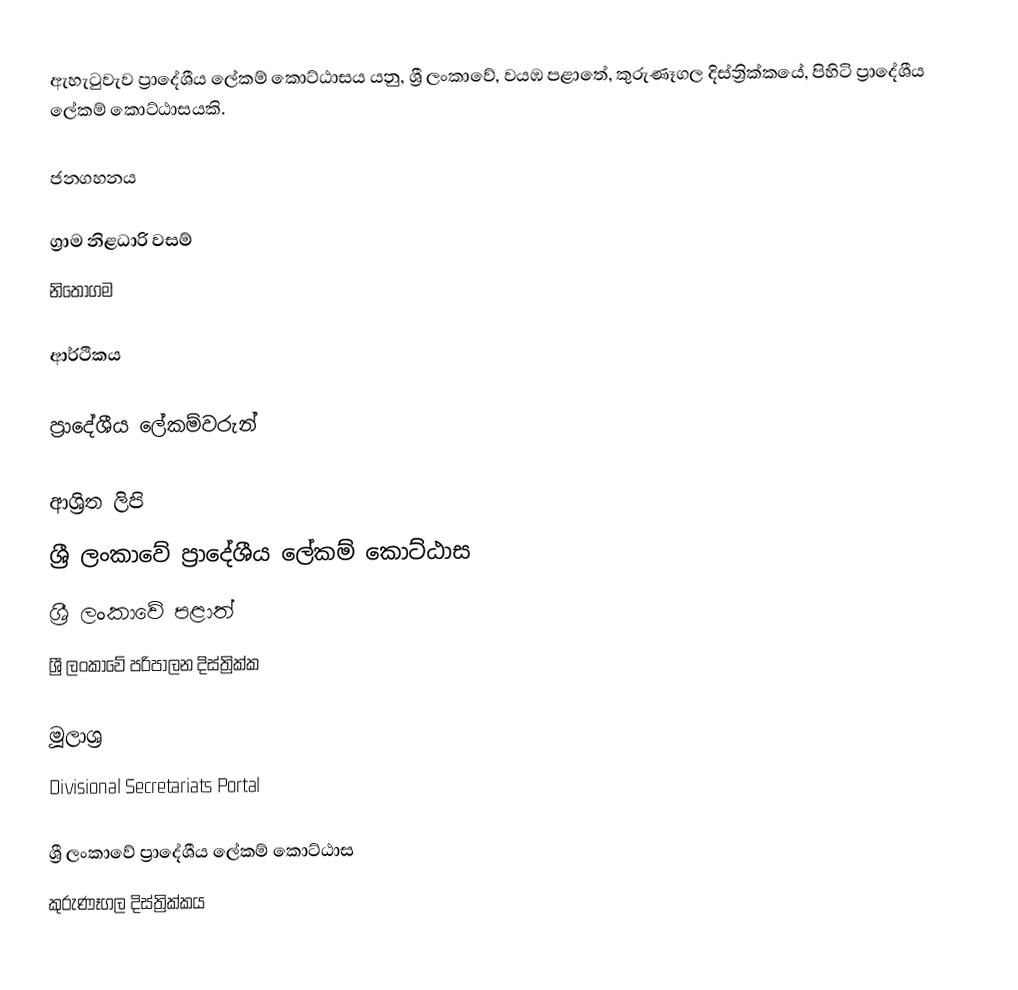
ඇහැටුවැව ප්‍රාදේශීය ලේකම් කොට්ඨාසය යනු,  ශ්‍රී ලංකාවේ, වයඹ පළාතේ,   කුරුණෑගල දිස්ත්‍රික්කයේ, පිහිටි ප්‍රාදේශීය ලේකම් කොට්ඨාසයකි.

ජනගහනය

ග්‍රාම නිළධාරි වසම්
නිතොගම

ආර්ථිකය

ප්‍රාදේශීය ලේකම්වරුන්

ආශ්‍රිත ලිපි
ශ්‍රී ලංකාවේ ප්‍රාදේශීය ලේකම් කොට්ඨාස
ශ්‍රී ලංකාවේ පළාත්
ශ්‍රී ලංකාවේ පරිපාලන දිස්ත්‍රික්ක

මූලාශ්‍ර
 Divisional Secretariats Portal

ශ්‍රී ලංකාවේ ප්‍රාදේශීය ලේකම් කොට්ඨාස
කුරුණෑගල දිස්ත්‍රික්කය